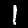
Digit: 1